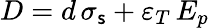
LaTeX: D=d\, {\sigma_{\mathsf{s}}}+{\varepsilon_{T}}\, {E_{p}}